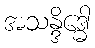
အသန္ဒိဒ္ဓေါ